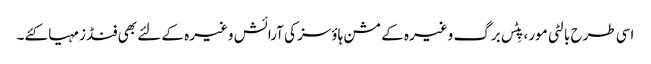
اسی طرح بالٹی مور، پِٹس برگ وغیرہ کے مشن ہاؤسز کی آرائش وغیرہ کے لئے بھی فنڈز مہیا کئے۔